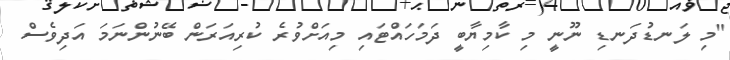
"މި ލަނޑުދަނޑި ނޫނީ މި ކާމިޔާބީ ދަމަހައްޓައި މިއަށްވުރެ ކުރިއަރަން ބޭނުންނަމަ އަދިވެސް